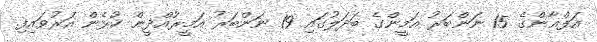
އަފްޣާންގެ 15 ނަންބަރު އަމީންގެ ބަދަލުގައި 19 ނަންބަރު އަމީރުއްދީން ކުޅެން އަރުވައިފި.